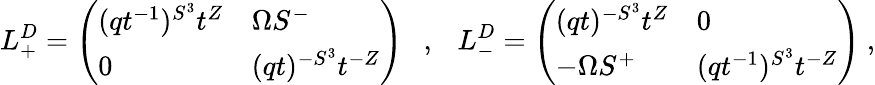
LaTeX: L_{+}^{D}=\left(\begin{array}{ll}{{(qt^{-1})^{S^{3}}t^{Z}}}&{{\Omega S^{-}}}\\ {{0}}&{{(qt)^{-S^{3}}t^{-Z}}}\end{array}\right)\ \ \ ,\ \ \ L_{-}^{D}=\left(\begin{array}{ll}{{(qt)^{-S^{3}}t^{Z}}}&{{0}}\\ {{-\Omega S^{+}}}&{{(qt^{-1})^{S^{3}}t^{-Z}}}\end{array}\right)\ ,